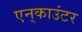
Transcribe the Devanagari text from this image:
एन्‌काउंटर